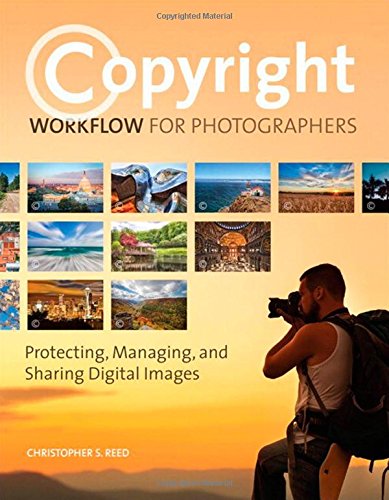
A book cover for Copyright Workflow for Photographers: Protecting, Managing, and Sharing Digital Images; Christopher S. Reed; Arts & Photography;